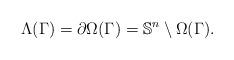
LaTeX: \begin{align*}\Lambda(\Gamma)=\partial\Omega(\Gamma)=\mathbb{S}^n\setminus\Omega(\Gamma).\end{align*}